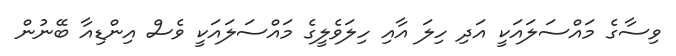
ވިސާގެ މައްސަލައަކީ އަދި ހިލަ އާއި ހިލަވެލީގެ މައްސަލައަކީ ވެސް އިންޑިއާ ބޭނުން